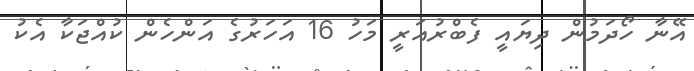
އޭނާ ހޯދަމުން ދިޔައީ ފެބްރުއަރީ މަހު 16 އަހަރުގެ އަންހެން ކުއްޖަކާ އެކު